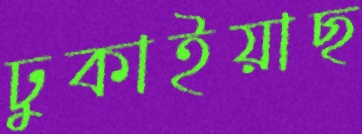
ঢুকাইয়াছ